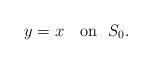
LaTeX: \begin{align*} y=x\ \ \ \mbox{on}\ \ S_0.\end{align*}